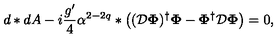
d * d A - i \frac { g ^ { \prime } } { 4 } \alpha ^ { 2 - 2 q } * \left( ( { \cal { D } } { \bf \Phi } ) ^ { \dagger } { \bf \Phi } - { \bf \Phi } ^ { \dagger } { \cal { D } } { \bf \Phi } \right) = 0 ,